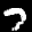
Label: 7